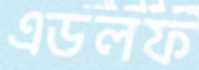
এডলফ